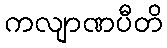
ကလျာဏပီတိ